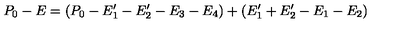
P _ { 0 } - E = ( P _ { 0 } - E _ { 1 } ^ { \prime } - E _ { 2 } ^ { \prime } - E _ { 3 } - E _ { 4 } ) + ( E _ { 1 } ^ { \prime } + E _ { 2 } ^ { \prime } - E _ { 1 } - E _ { 2 } )